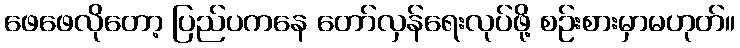
ဖေဖေလိုတော့ ပြည်ပကနေ တော်လှန်ရေးလုပ်ဖို့ စဉ်းစားမှာမဟုတ်။